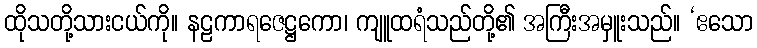
ထိုသတို့သားငယ်ကို။ နဠကာရဇေဋ္ဌကော၊ ကျူထရံသည်တို့၏ အကြီးအမှူးသည်။ ‘ဧသော